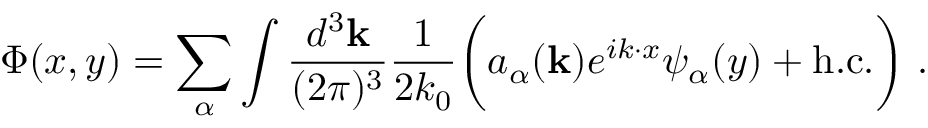
\Phi ( x , y ) = \sum _ { \alpha } \int \frac { d ^ { 3 } { \bf k } } { ( 2 \pi ) ^ { 3 } } \frac { 1 } { 2 k _ { 0 } } \biggl ( a _ { \alpha } ( { \bf k } ) e ^ { i k \cdot x } \psi _ { \alpha } ( y ) + \mathrm { h . c . } \biggr ) \ .